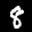
Label: 8